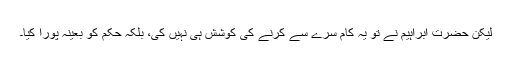
لیکن حضرت ابراہیم نے تو یہ کام سرے سے کرنے کی کوشش ہی نہیں کی، بلکہ حکم کو بعینہٖ پورا کیا۔